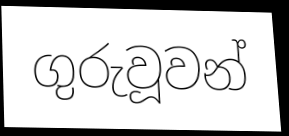
ගුරුවූවන්